Mental hospitals Bombay report 1921-28 - 1921-1928
Year: 1921
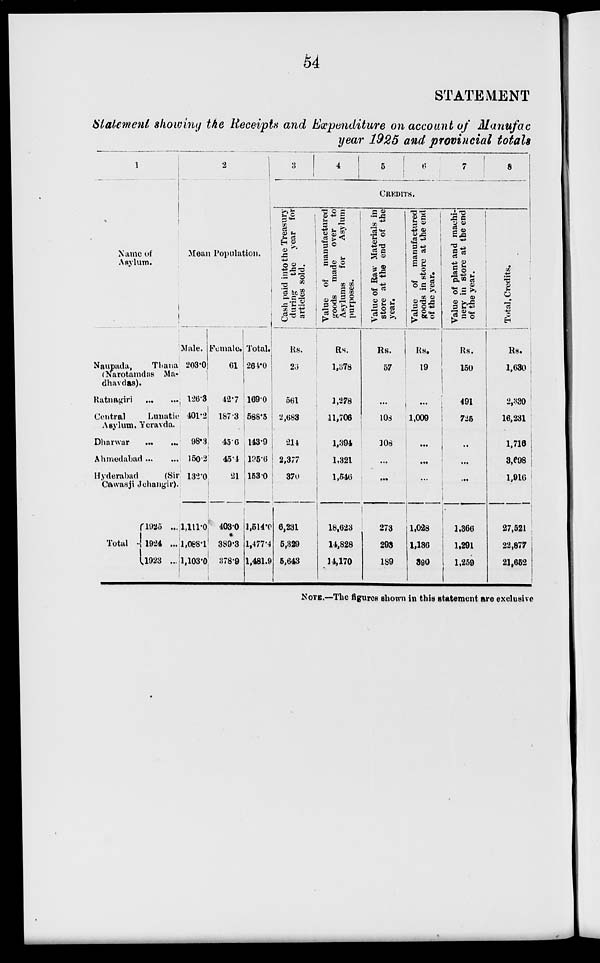
54
STATEMENT
Statement showing the Receipts and Expenditure on account of Manufac
year 1925 and provincial totals
1
Name of
Asylum.
Naupada,
Thana
(Narotamdas Ma-
dhavdas).
Ratnagiri
...
...
Central
Lunatic
Asylum. Yeravda.
Dharwar ... ...
Ahmedabad ... ...
Hyderabad
(Sir
Cawasji Jehangir).
Total ...
1925 ...
1924 ...
1923 ...
2
Mean Population.
Male.
203.0
126.3
401.2
98.3
150.2
132.0
1,111.0
l,088.l
1,103.0
Female.
61
42.7
187.3
45.6
45.4
21
403.0
389.3
378.9
Total.
264.0
169.0
588.5
143.9
195.6
153.0
1,514.0
1,477.4
1,481.9
3
4
5
6
7
8
CREDITS.
Cash paid into the Treasury
during
the year for
articles sold.
Rs.
26
561
2,683
214
2,377
370
6,231
5,329
5,643
Value of manufactured
goods
made over to
Asylums for
Asylum
purposes.
Rs.
1,378
1,278
11,706
1,394
1,321
1,546
18,623
14,828
14,170
Value of Raw Materials in
store at the end of the
year.
Rs.
57
...
108
108
...
...
273
293
189
Value of manufactured
goods in store at the end
of the year.
Rs.
19
...
1,009
...
...
...
1,028
1,136
390
Value of plant and machi-
nery in store at the end
of the year.
Rs.
150
491
725
...
...
...
1,366
1,291
1,259
Total Credits.
Rs.
1,630
2,330
16,231
1,716
3,698
1,916
27,521
22,877
21,652
NOTE.—The figures shown in this statement are exclusive